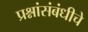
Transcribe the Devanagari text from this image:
प्रश्नांसंबंधीचे